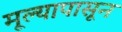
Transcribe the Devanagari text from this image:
मूल्यापासून